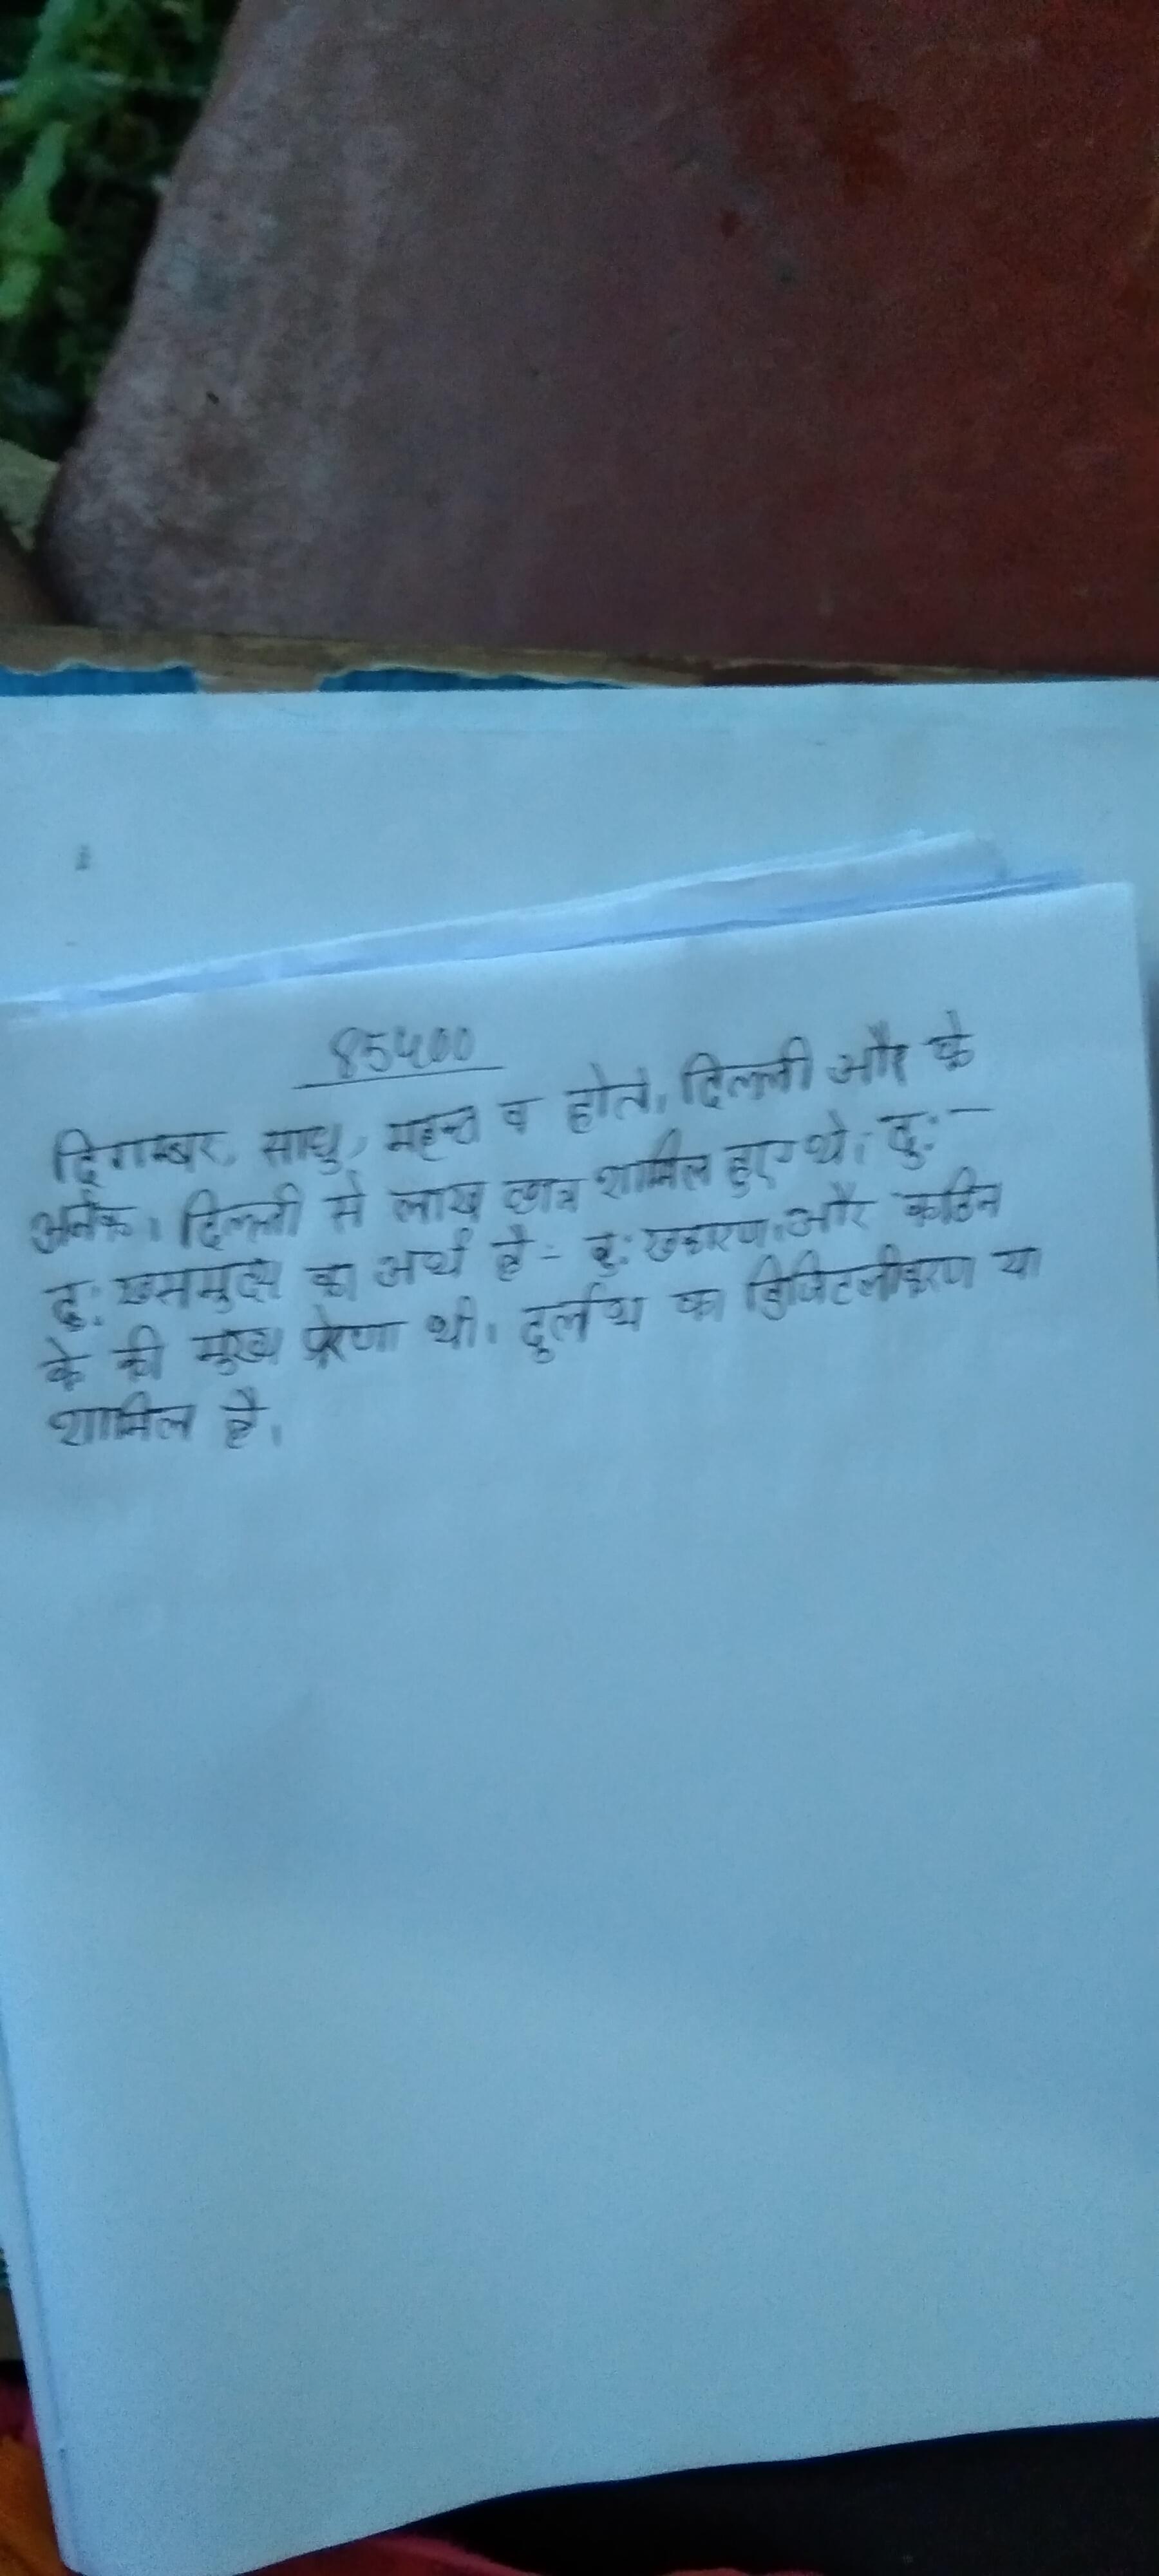
दिगम्बर, साधु, महन्त व होते । दिल्ली और के अनेक । दिल्ली से लाख छात्र शामिल हुए थे । दु:खसमुदय का अर्थ है - दु:खकारण । और कठिन के की मुख्य प्रेरणा थी । दुर्लभ का डिजिटलीकरण या शामिल है ।